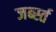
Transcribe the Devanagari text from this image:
जर्ब्स्त